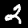
Digit: 2